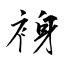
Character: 裑